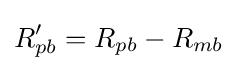
R'_{pb}=R_{pb}-R_{mb}